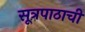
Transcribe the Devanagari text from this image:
सूत्रपाठाची